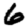
Digit: 6